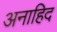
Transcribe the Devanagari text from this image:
अनाहिद